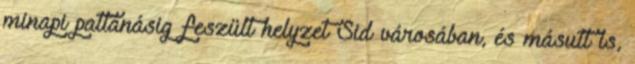
minapi pattanásig feszült helyzet Sid városában, és másutt is,